Report of the veterinary officer investigating camel disease
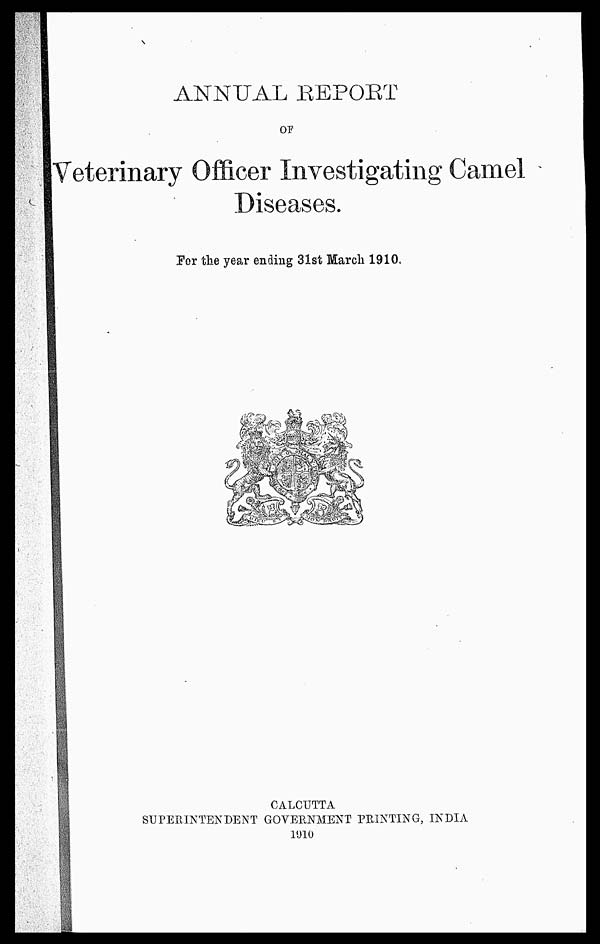
ANNUAL REPORT
OF
Veterinary Officer Investigating Camel
Diseases.
For the year ending 31st March 1910.
CALCUTTA
SUPERINTENDENT GOVERNMENT PRINTING, INDIA
1910